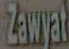
Zawat